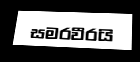
සමරවීරයි